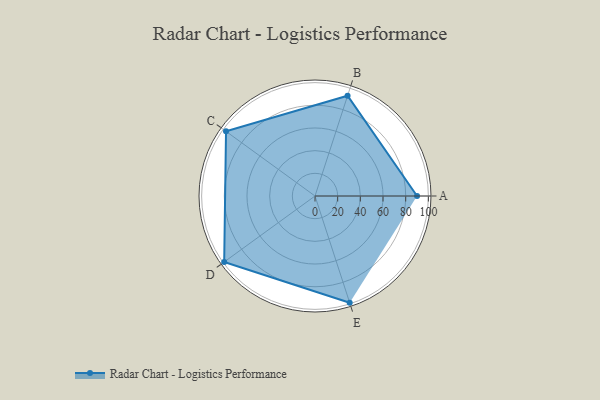
{"axis": {"x": "Skill", "y": "Score"}, "legend": ["Profile"], "data": [{"x": "A", "y": 90.0, "type": "Profile"}, {"x": "B", "y": 93.0, "type": "Profile"}, {"x": "C", "y": 97.0, "type": "Profile"}, {"x": "D", "y": 99, "type": "Profile"}, {"x": "E", "y": 99, "type": "Profile"}]}